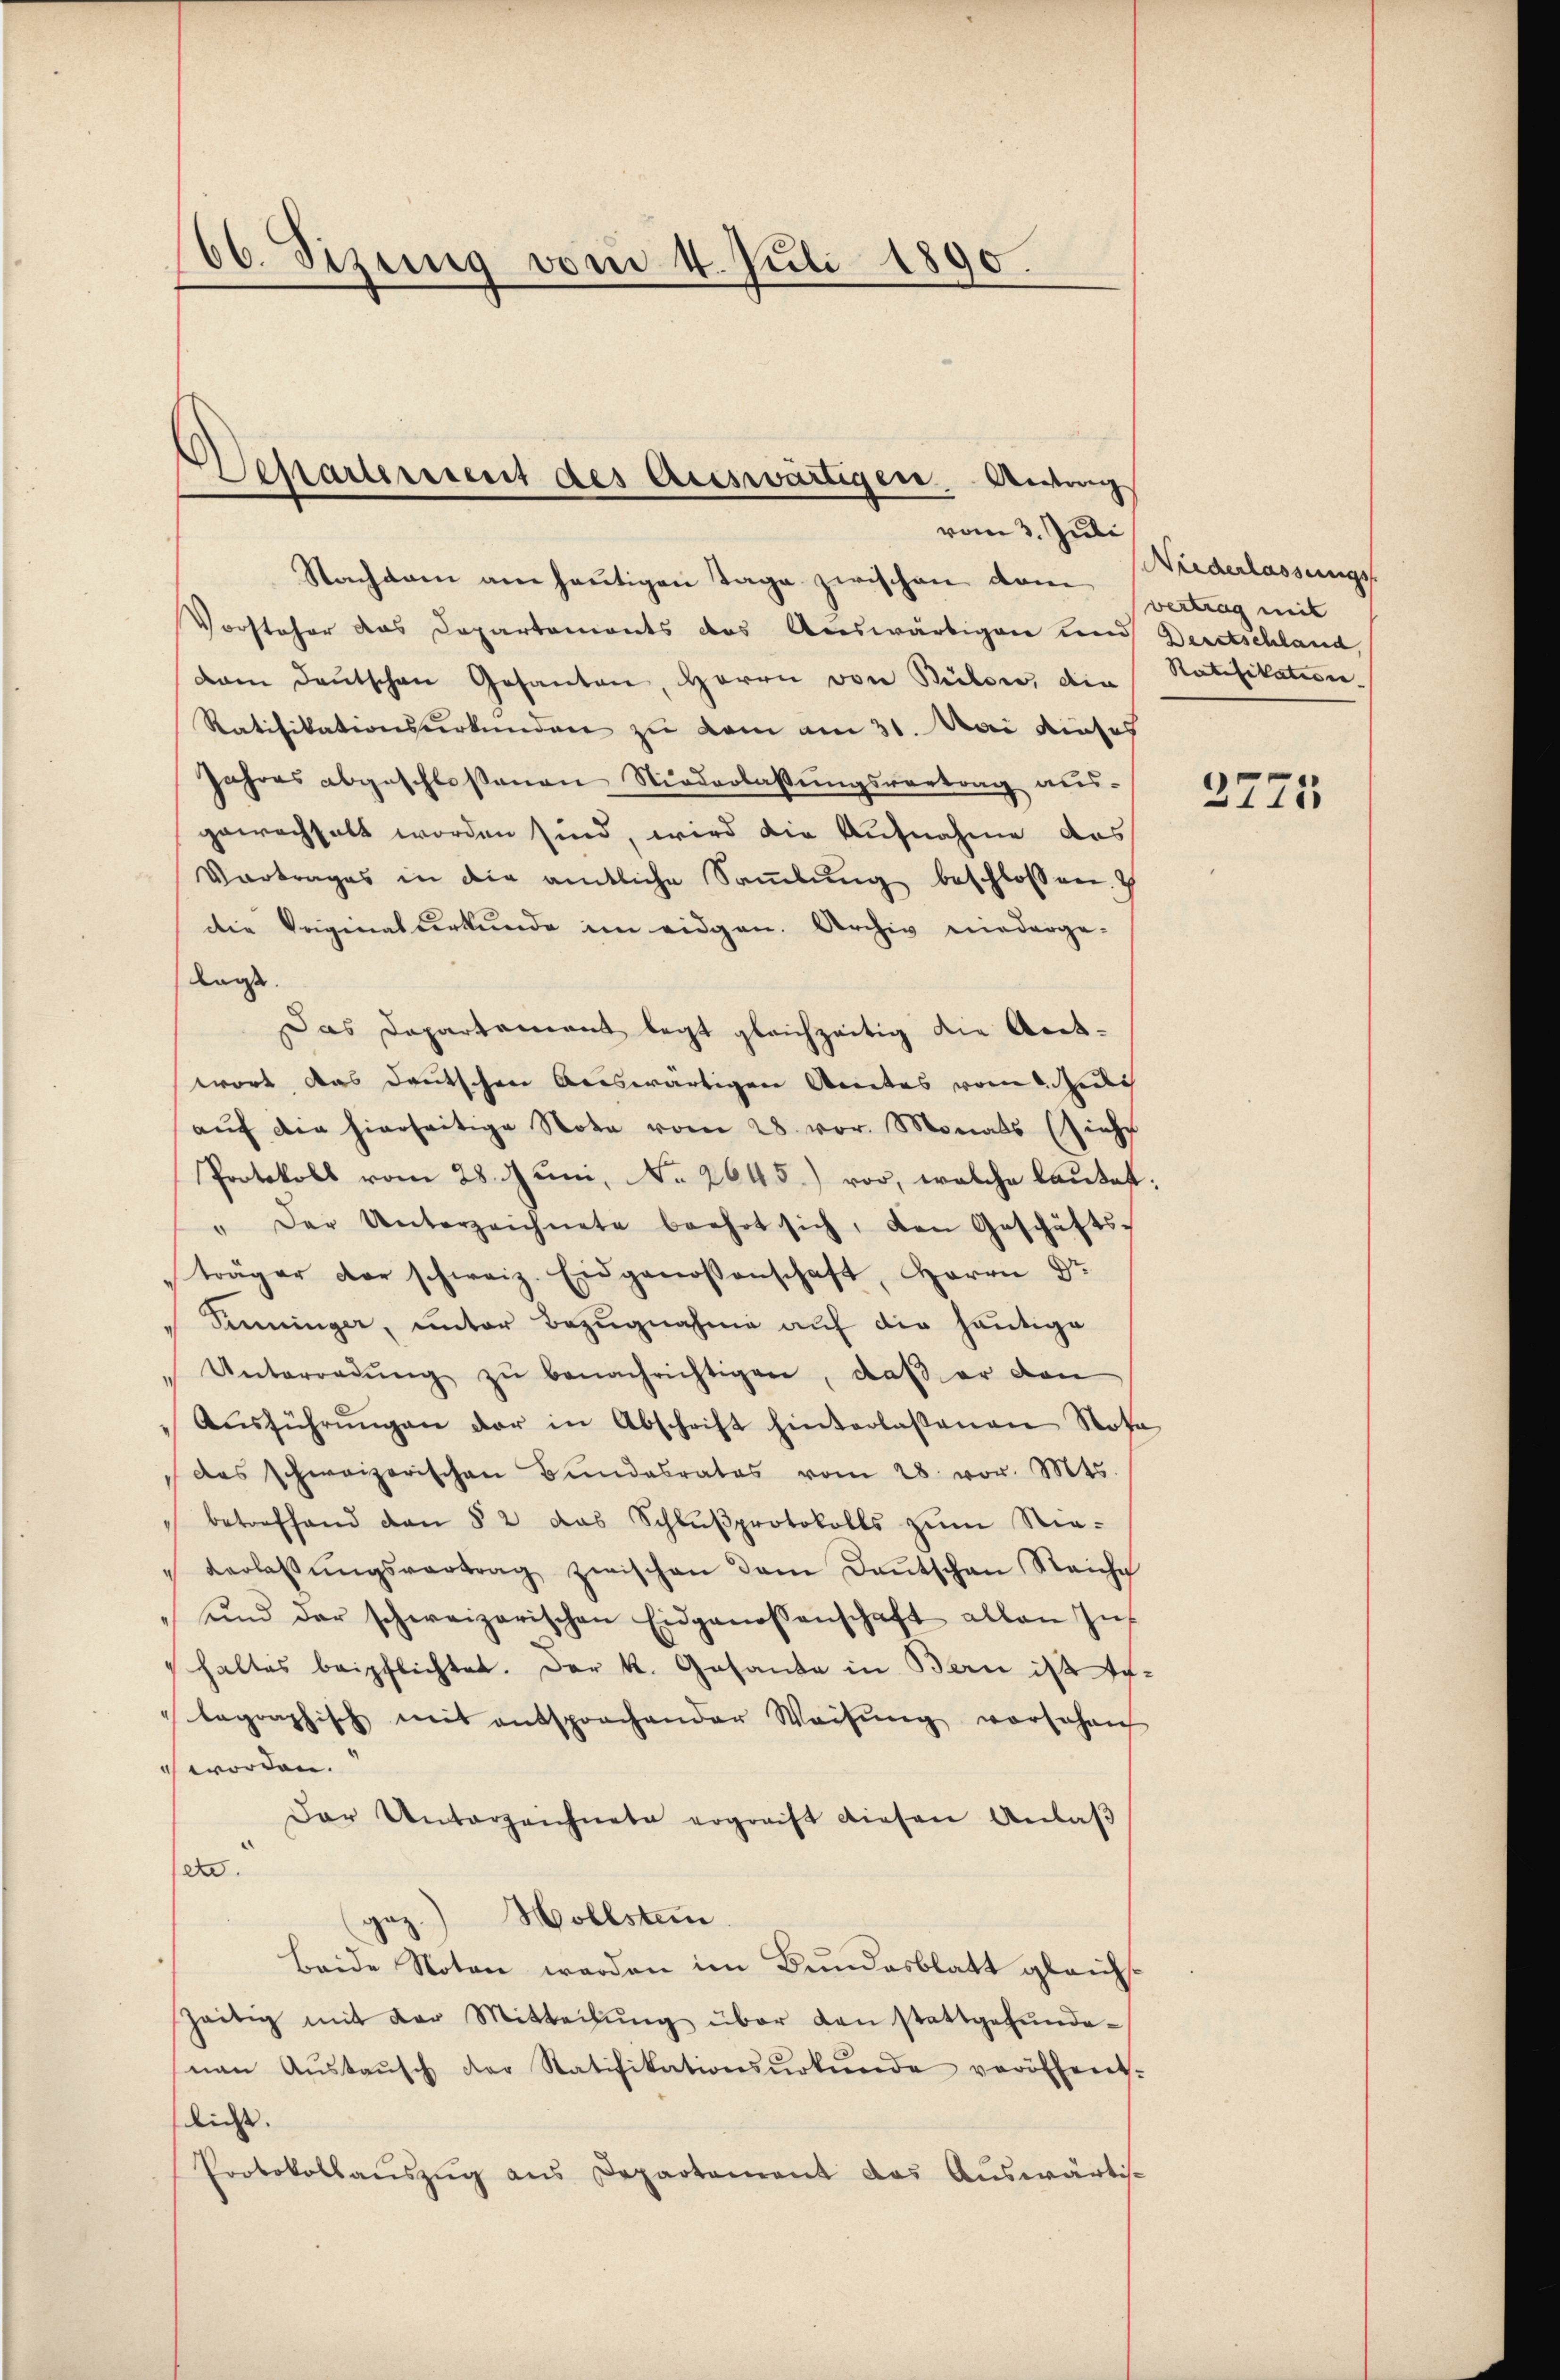
66. Sizung vom 4. Juli 1890.

Departement des Auswärtigen. Antrag
vom 3. Juli

Nachsam am heutigen Tage zwischen vom
Vorsteher das Departemonts des Auswärtigen und Deutschland,
dam deŭtschen Gesanten, Herrn von Bülow, die
Ratifikationsurkunden zu dem am 31. Mai dieses
Jahres abgeschloßenen Niederlassungsvortrag aus-
gewachhalt worden sind, wird die Aufnahme das
Vortrages in die amtliche Saṁlŭng beschlossen.
die Originalurkunde im eidgen. Archiv niederge-
lanst
Das Departement legt gleichzeitig die Aretwort das Deutschen Auswärtigen Anitas von di
aŭf die hierseitige Note vom 28. vor. Monats (siehe
Protokoll vom 28. Juni, No 2645) vor, welche lautet:
" Der Unterzeichnete beehrt sich, den Geschäfts-
träger der schweiz. Eidgenossenschaft, Herrn Dr
Tininger, unter Bezugnahme auf die heutige
"Unterredŭng zŭ benachrichtigen, daß er den
Aŭsführŭngen der in Abschrift hinterlassenen Rosa
das schweizerischen Bŭndesrates vom 28. vor. Mts.
betreffend den § 2 das Schlŭβprotokolls zŭm Nie-
Verlassŭngsvertrag zwischen dem Dantschen Reiche
ŭnd der schweizerischen Eidgenossenschaft allen Ins
haltes beipflichtet. Der k. Gesande in Bern ist Inlagraphisch mit entsprochender Weisŭng vorsehen
 worden.
Der Unterzeichnete ergreift diesen Anlaβ
da
gez.) Mollsten
Beide Noten werden im Bundesblatt gleichzeitig mit der Mitteilŭng über den stattgefŭnde-
nan Aŭstaŭsch der Ratifikationsŭrkŭnde veröffent.
ließ.
Protokollaŭszŭg ans Departement das Aŭswärtis-

Niederlassungs
vertrag mit
Ratifikation.

2775